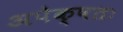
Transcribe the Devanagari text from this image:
अपेक्षतः